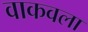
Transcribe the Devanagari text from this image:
वाकवला